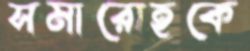
সমারোহকে